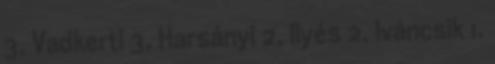
3, Vadkerti 3, Harsányi 2, Ilyés 2, Iváncsik 1.